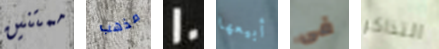
ممتنين مذهب 10 أبيعها فى التذاكر